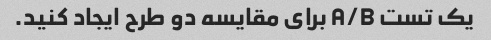
یک تست A/B برای مقایسه دو طرح ایجاد کنید.